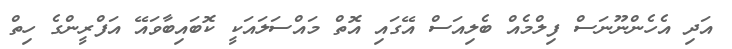
އަދި އެހެންނޫނަސް ފިލްމެއް ބެލިއަސް އޭގައި އޮތް މައްސަލައަކީ ކޮބައިބާވައޭ އަފްރީންގެ ހިތް